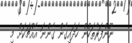
ނޫންފަރާތަކުން ހަދައިގެން ގެންނަ އެއްޗަކަށް މި